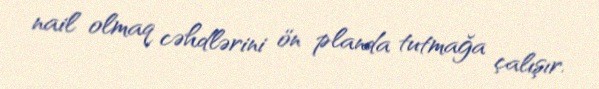
nail olmaq cəhdlərini ön planda tutmağa çalışır.